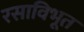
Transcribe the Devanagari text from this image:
रसाविभूत